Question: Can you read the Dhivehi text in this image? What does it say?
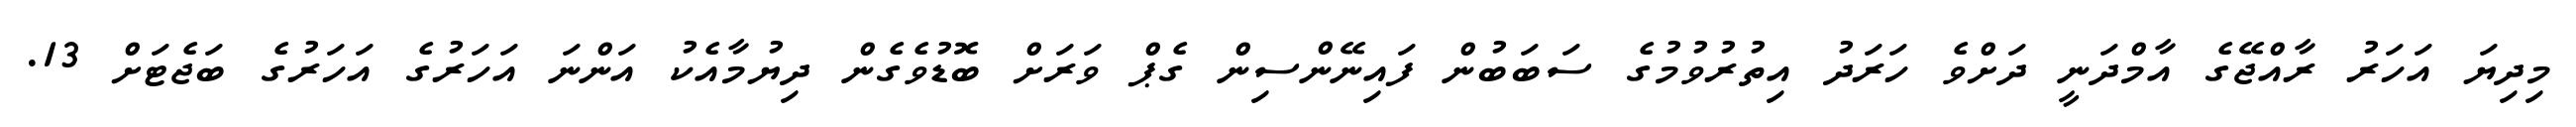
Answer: މިދިޔަ އަހަރު ރާއްޖޭގެ އާމްދަނީ ދަށްވެ ހަރަދު އިތުރުވުމުގެ ސަބަބުން ފައިނޭންސިން ގެޕް ވަރަށް ބޮޑުވެގެން ދިޔުމާއެކު އަންނަ އަހަރުގެ އަހަރުގެ ބަޖެޓަށް 13.